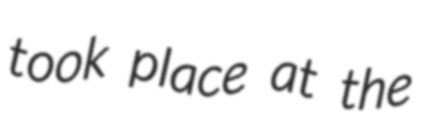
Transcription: took place at the